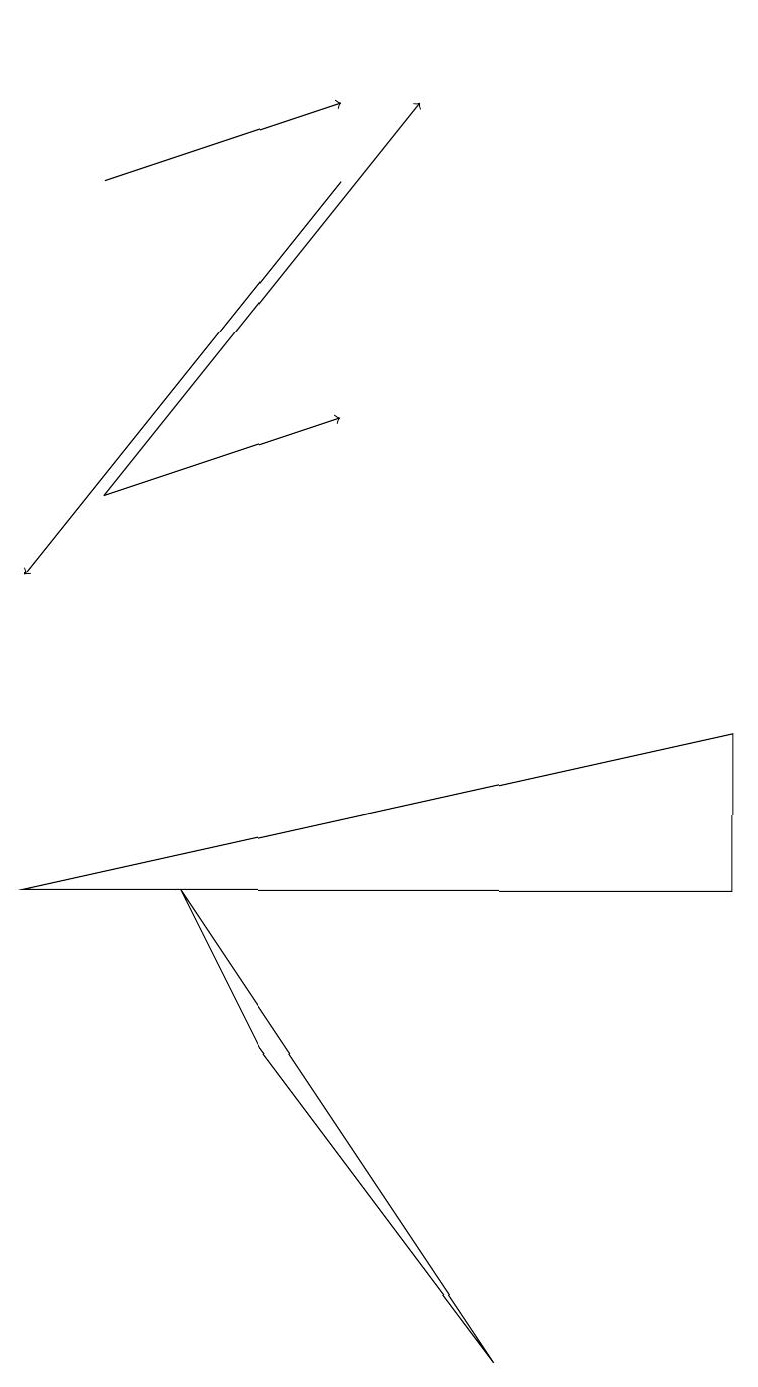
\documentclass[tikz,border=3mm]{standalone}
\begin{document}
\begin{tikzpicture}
\draw (3,4) -- (2,6) -- (6,0) -- cycle;
\draw (0,6) -- (9,8) -- (9,6) -- cycle;
\draw (4,17) rectangle (4,17);
\draw[->] (1,15) -- (4,16);
\draw[->] (1,11) -- (4,12);
\draw[->] (4,15) -- (0,10);
\draw[->] (1,11) -- (5,16);
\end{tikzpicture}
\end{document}